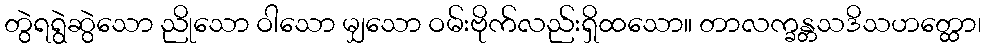
တွဲရရွဲဆွဲသော ညိုသော ဝါသော မျှသော ဝမ်းဗိုက်လည်းရှိထသော။ တာလက္ခန္တသဒိသဟတ္ထော၊